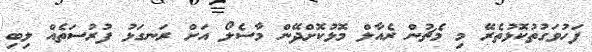
ފަހުވަގުތުކޮޅުތެރޭ މި މެޗުން ރެއާލް މޮޅުކޮށްދޭން މާސެލޯ އަށް ރަނގަޅު ފުރުސަތެއް ލިބި